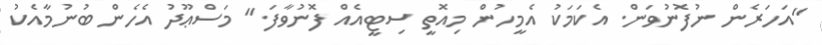
"އަހަރެން ނުފޮނުވަން. އެކަމަކު އެމީހުން މިއޮތީ ސިޓީއެއް ފޮނުވާފަ." މަސްޢޫދު އެހެން ބުނުމާއެކު